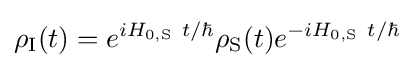
\rho _{\rm {I}}(t)=e^{iH_{0,\mathrm {S} }~t/\hbar }\rho _{\rm {S}}(t)e^{-iH_{0,\mathrm {S} }~t/\hbar }